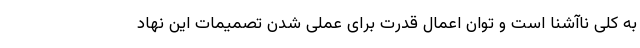
به کلی ناآشنا است و توان اعمال قدرت برای عملی شدن تصمیمات این نهاد